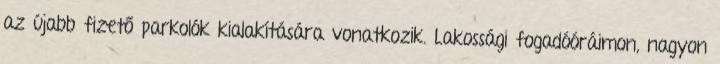
az újabb fizető parkolók kialakítására vonatkozik. Lakossági fogadóóráimon, nagyon